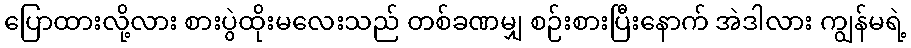
ပြောထားလို့လား စားပွဲထိုးမလေးသည် တစ်ခဏမျှ စဉ်းစားပြီးနောက် အဲဒါလား ကျွန်မရဲ့